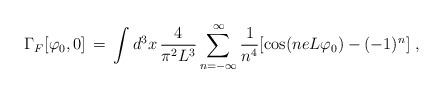
LaTeX: \begin{align*}\Gamma_F[\varphi_0, 0]\,=\, \int d^3x\, \frac{4}{\pi^2 L^3}\sum_{n=-\infty}^{\infty} \frac{1}{n^4} [\cos(n e L \varphi_0) -(-1)^n ] \;,\end{align*}